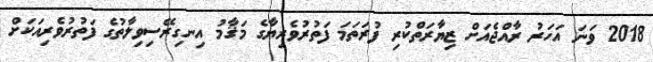
2018 ވަނަ އަހަރު ރާއްޖެއަށް ޒިޔާރަތްކުރި ފުރަތަމަ ފަތުރުވެރިޔާގެ މަޤާމު އިނގިރޭސިވިލާތުގެ ފަތުރުވެރިއަކަށް